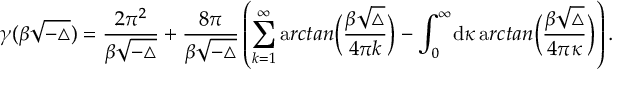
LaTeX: \gamma ( \beta \sqrt { - \triangle } ) = \frac { 2 \pi ^ { 2 } } { \beta \sqrt { - \triangle } } + \frac { 8 \pi } { \beta \sqrt { - \triangle } } \left( \sum _ { k = 1 } ^ { \infty } { \mathrm a r c t a n } \Big ( \frac { \beta \sqrt { \triangle } } { 4 \pi k } \Big ) - \int _ { 0 } ^ { \infty } \! { \mathrm d } \kappa \, { \mathrm a r c t a n } \Big ( \frac { \beta \sqrt { \triangle } } { 4 \pi \kappa } \Big ) \right) .